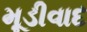
મૂડીવાદ